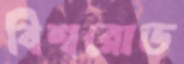
বিশ্বরোড